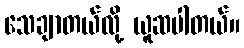
သေချာတယ်လို့ ယူဆပါတယ်။